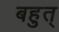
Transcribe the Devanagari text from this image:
बहुत्‌